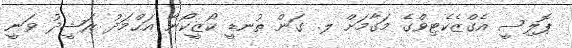
ޕޮލިސީ އެގްޒެކެޓިވްގެ މަގާމަށް ލ. ގަން ތުނޑީ ކޯޒީކޯނާ އަޙްމަދު ރަޝީދު ވަނީ